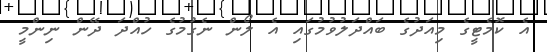
އެ ކޮމެޓީގެ މިއަދުގެ ބައްދަލުވުމުގައި އެ ލޯން ނެގުމުގެ ހުއްދަ ދޭން ނިންމީ